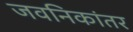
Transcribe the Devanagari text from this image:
जवनिकांतर